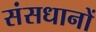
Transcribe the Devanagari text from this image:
संसधानों